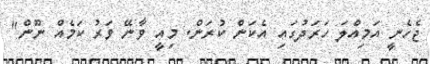
ޖެހެނީ އަމިއްލަ ހަރަދުގައި އެކަން ކުރަން. މިއީ ވާނޭ ވަރު ކަމެއް ނޫން"